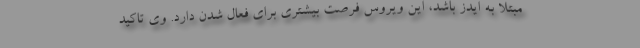
مبتلا به ایدز باشد، این ویروس فرصت بیشتری برای فعال شدن دارد. وی تاکید